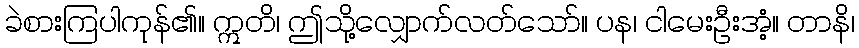
ခဲစားကြပါကုန်၏။ ဣတိ၊ ဤသို့လျှောက်လတ်သော်။ ပန၊ ငါမေးဦးအံ့။ တာနိ၊